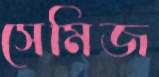
সেমিজ